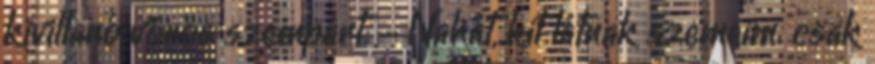
kivillanó vörös szempárt. - Nahát, kit látnak szemeim. csak